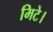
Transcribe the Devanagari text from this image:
मिटे।